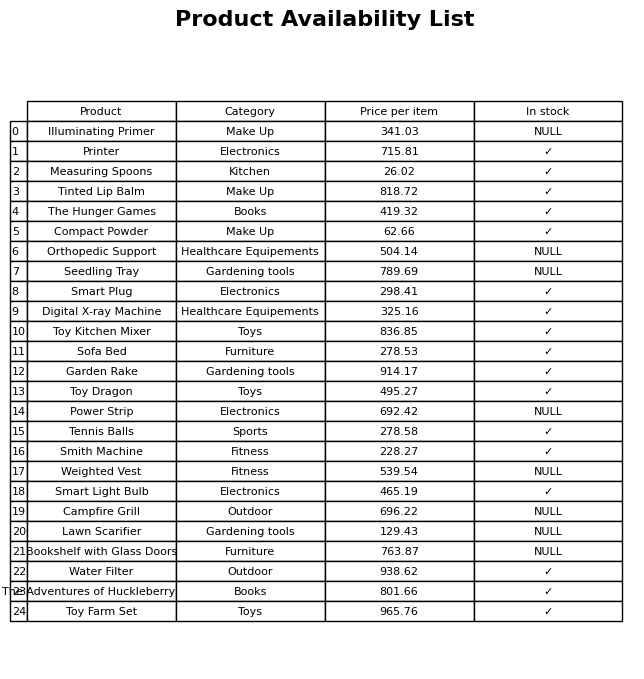
question: What is the price for Tennis Balls?
answer: The price of Tennis Balls is 278.58.